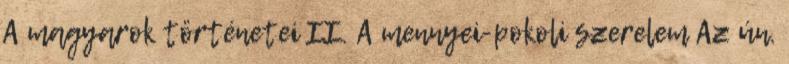
A magyarok történetei II. A mennyei-pokoli szerelem Az ún.